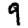
Digit: 9